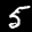
Label: 5